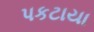
પકટાયા